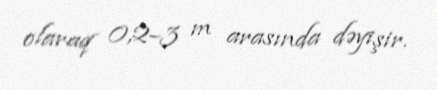
olaraq 0,2–3 m arasında dəyişir.